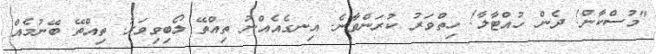
"މުސްކާން! ދެން ހުއްޓާލާ! ހިތްވަރު ކުރަންވާނެ. އިނގެއެއްނު ތިއްތޭ ލޯބިވިވަރު. ތިއްތޭ ބޭނުމެއް